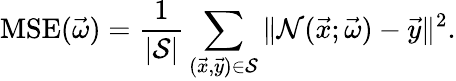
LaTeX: \mathrm{MSE}(\vec{\omega})=\frac{1}{|\mathcal S|}\sum_{(\vec{x},\vec{y})\in\mathcal S}\| \mathcal{N}(\vec{x};\vec{\omega})-\vec{y}\| ^{2}.